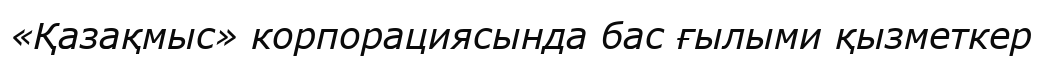
«Қазақмыс» корпорациясында бас ғылыми қызметкер